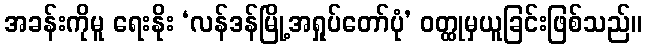
အခန်းကိုမူ ရေးနိုး ‘လန်ဒန်မြို့အရှုပ်တော်ပုံ’ ဝတ္ထုမှယူခြင်းဖြစ်သည်။